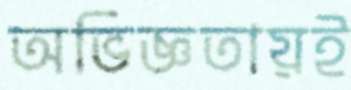
অভিজ্ঞতায়ই